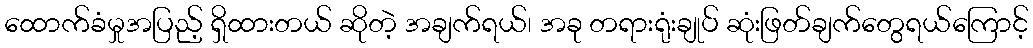
ထောက်ခံမှုအပြည့် ရှိထားတယ် ဆိုတဲ့ အချက်ရယ်၊ အခု တရားရုံးချုပ် ဆုံးဖြတ်ချက်တွေရယ်ကြောင့်